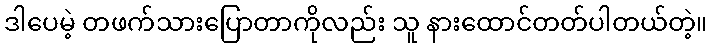
ဒါပေမဲ့ တဖက်သားပြောတာကိုလည်း သူ နားထောင်တတ်ပါတယ်တဲ့။